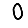
Digit: 0